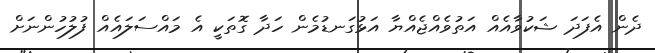
ދެން އެފަދަ ޝަކުވާއެއް އަތުވެއްޖެއްޔާ އަޅުގަނޑުމެން ހަދާ ގޮތަކީ އެ މައްސަލައެއް ފުލުހުންނަށް